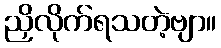
ညှိလိုက်ရသတဲ့ဗျာ။